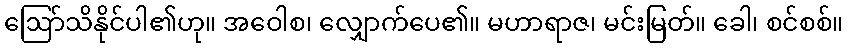
ဩော်သိနိုင်ပါ၏ဟု။ အဝေါစ၊ လျှောက်ပေ၏။ မဟာရာဇ၊ မင်းမြတ်။ ခေါ၊ စင်စစ်။